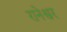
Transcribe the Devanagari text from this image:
रानेश्वर